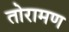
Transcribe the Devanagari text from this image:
तोरामण